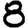
Digit: 8